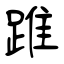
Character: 踓